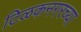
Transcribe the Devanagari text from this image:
टिळकनगरच्या